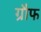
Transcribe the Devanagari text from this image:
ग्रौफ